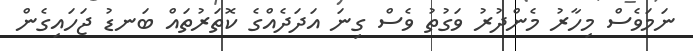
ނަމަވެސް މިހާރު މެންދުރު ވަގުތު ވެސް ގިނަ އަދަދެއްގެ ކޮތަރުތައް ބަނޑު ޖަހައިގެން